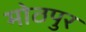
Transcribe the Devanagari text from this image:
मोठपुर